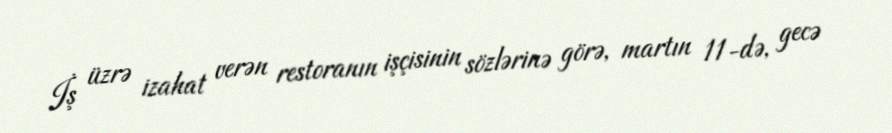
İş üzrə izahat verən restoranın işçisinin sözlərinə görə, martın 11-də, gecə